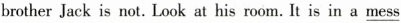
brother Jack is not. Look at his room. It is in a \underline{mess}